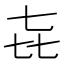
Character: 㐂